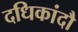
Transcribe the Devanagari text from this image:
दधिकांदौ